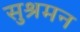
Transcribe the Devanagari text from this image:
सुश्रमन